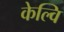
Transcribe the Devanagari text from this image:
केल्वि